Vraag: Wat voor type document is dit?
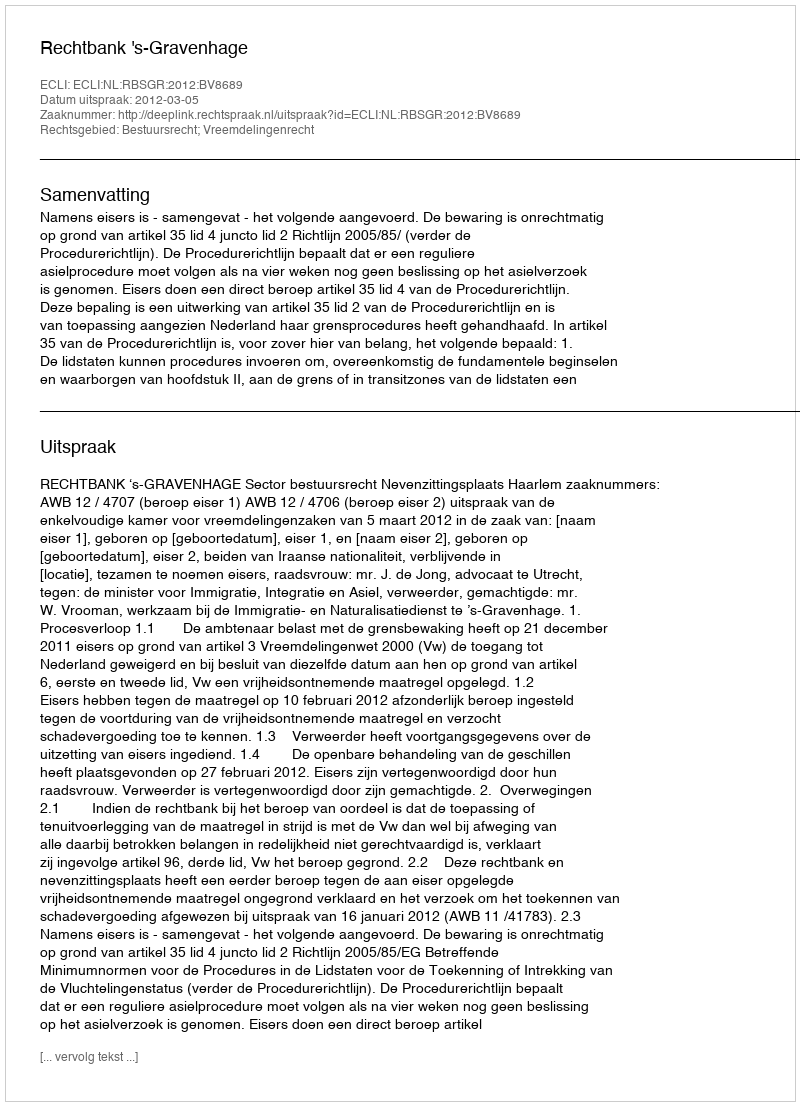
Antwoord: Uitspraak